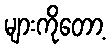
များကိုတော့